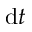
\mathrm { d } t